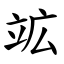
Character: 䇊